Annual report of the Punjab Veterinary College and of the Civil Veterinary Department, Punjab - 1926-1932
Year: 1926
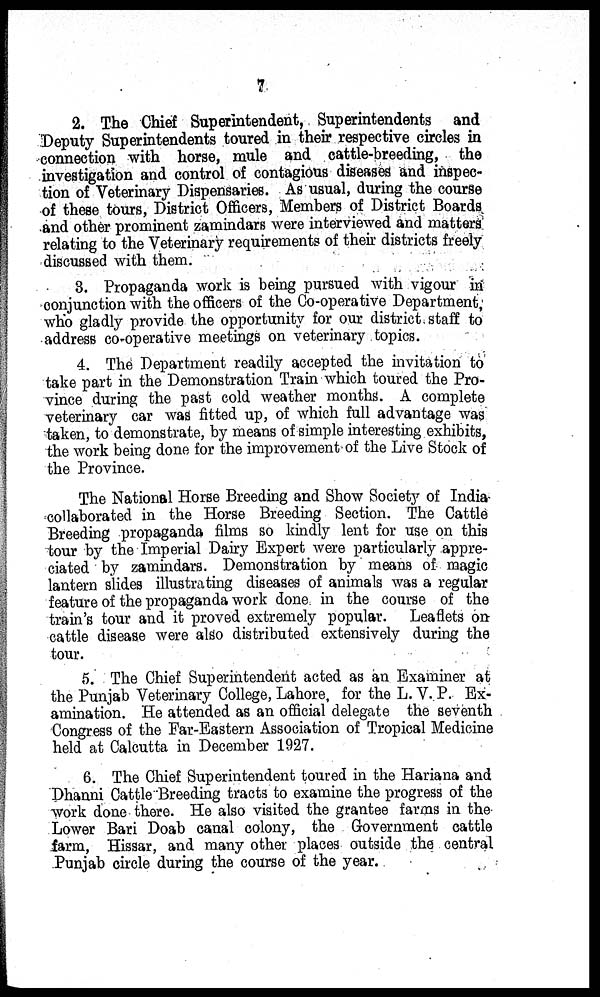
7
2. The Chief Superintendent, Superintendents and
Deputy Superintendents toured in their respective circles in
connection with horse, mule and cattle-breeding, the
investigation and control of contagious diseases and inspec-
tion of Veterinary Dispensaries. As usual, during the course
of these tours, District Officers, Members of District Boards
and other prominent zamindars were interviewed and matters
relating to the Veterinary requirements of their districts freely
discussed with them.
3. Propaganda work is being pursued with vigour in
conjunction with the officers of the Co-operative Department,
who gladly provide the opportunity for our district staff to
address co-operative meetings on veterinary topics.
4. The Department readily accepted the invitation to
take part in the Demonstration Train which toured the Pro-
vince during the past cold weather months. A complete
veterinary car was fitted up, of which full advantage was
taken, to demonstrate, by means of simple interesting exhibits,
the work being done for the improvement of the Live Stock of
the Province.
The National Horse Breeding and Show Society of India
collaborated in the Horse Breeding Section. The Cattle
Breeding propaganda films so kindly lent for use on this
tour by the Imperial Dairy Expert were particularly appre-
ciated by zamindars. Demonstration by means of magic
lantern slides illustrating diseases of animals was a regular
feature of the propaganda work done in the course of the
train's tour and it proved extremely popular. Leaflets on
cattle disease were also distributed extensively during the
tour.
5. The Chief Superintendent acted as an Examiner at
the Punjab Veterinary College, Lahore, for the L. V. P. Ex-
amination. He attended as an official delegate the seventh
Congress of the Far-Eastern Association of Tropical Medicine
held at Calcutta in December 1927.
6. The Chief Superintendent toured in the Hariana and
Dhanni Cattle Breeding tracts to examine the progress of the
work done there. He also visited the grantee farms in the
Lower Bari Doab canal colony, the Government cattle
farm, Hissar, and many other places outside the central
Punjab circle during the course of the year.